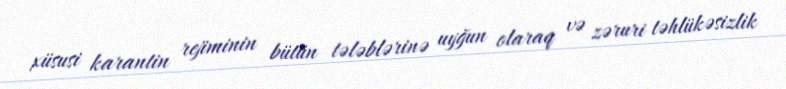
xüsusi karantin rejiminin bütün tələblərinə uyğun olaraq və zəruri təhlükəsizlik